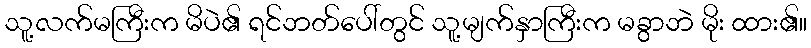
သူ့လက်မကြီးက မိပဲ၏ ရင်ဘတ်ပေါ်တွင် သူ့မျက်နှာကြီးက မခွာဘဲ မိုး ထား၏။